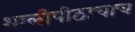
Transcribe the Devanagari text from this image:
थालीपीठाचाच